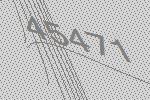
45471